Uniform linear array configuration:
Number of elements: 4
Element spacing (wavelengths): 0.25
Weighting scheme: hamming
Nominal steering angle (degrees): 30
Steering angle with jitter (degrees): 28.547
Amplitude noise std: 0.05
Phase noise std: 0.05

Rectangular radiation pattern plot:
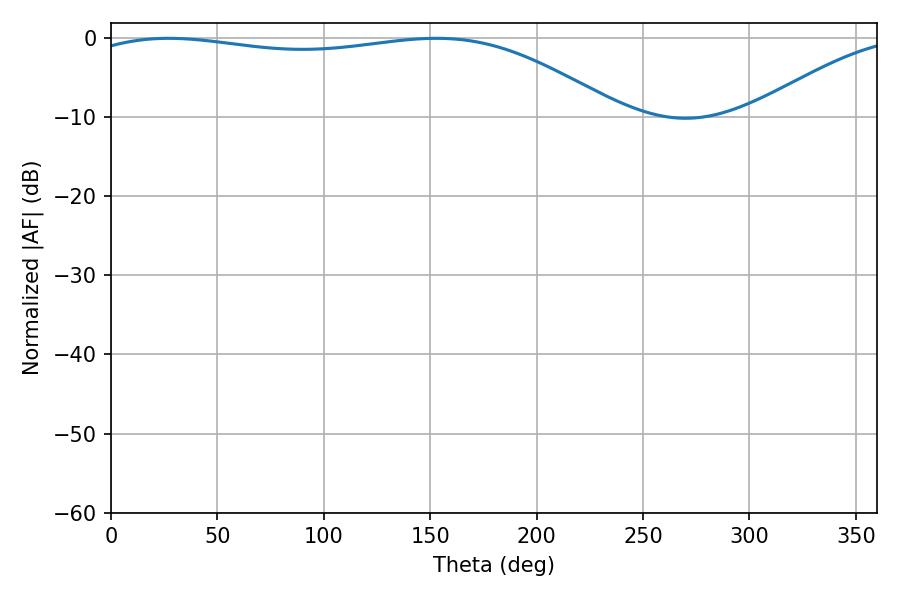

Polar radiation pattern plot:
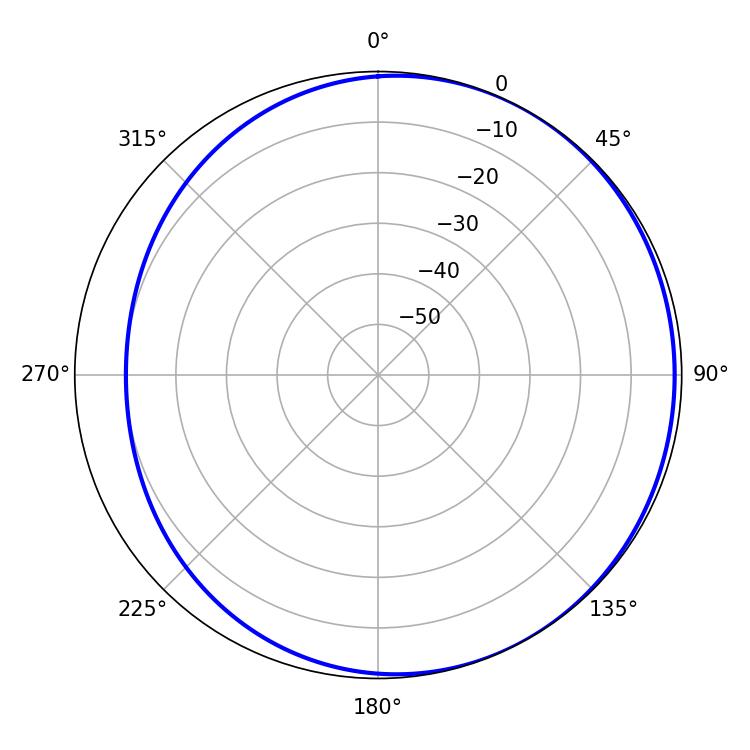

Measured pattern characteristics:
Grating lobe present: FALSE
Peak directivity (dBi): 1.97
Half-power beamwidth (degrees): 200.7
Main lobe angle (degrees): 27.18